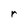
Character: r